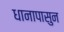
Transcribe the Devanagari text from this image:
धानापासुन